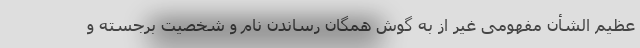
عظیم الشأن مفهومی غیر از به گوش همگان رساندن نام و شخصیت برجسته و